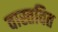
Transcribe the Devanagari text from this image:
वास्तवित